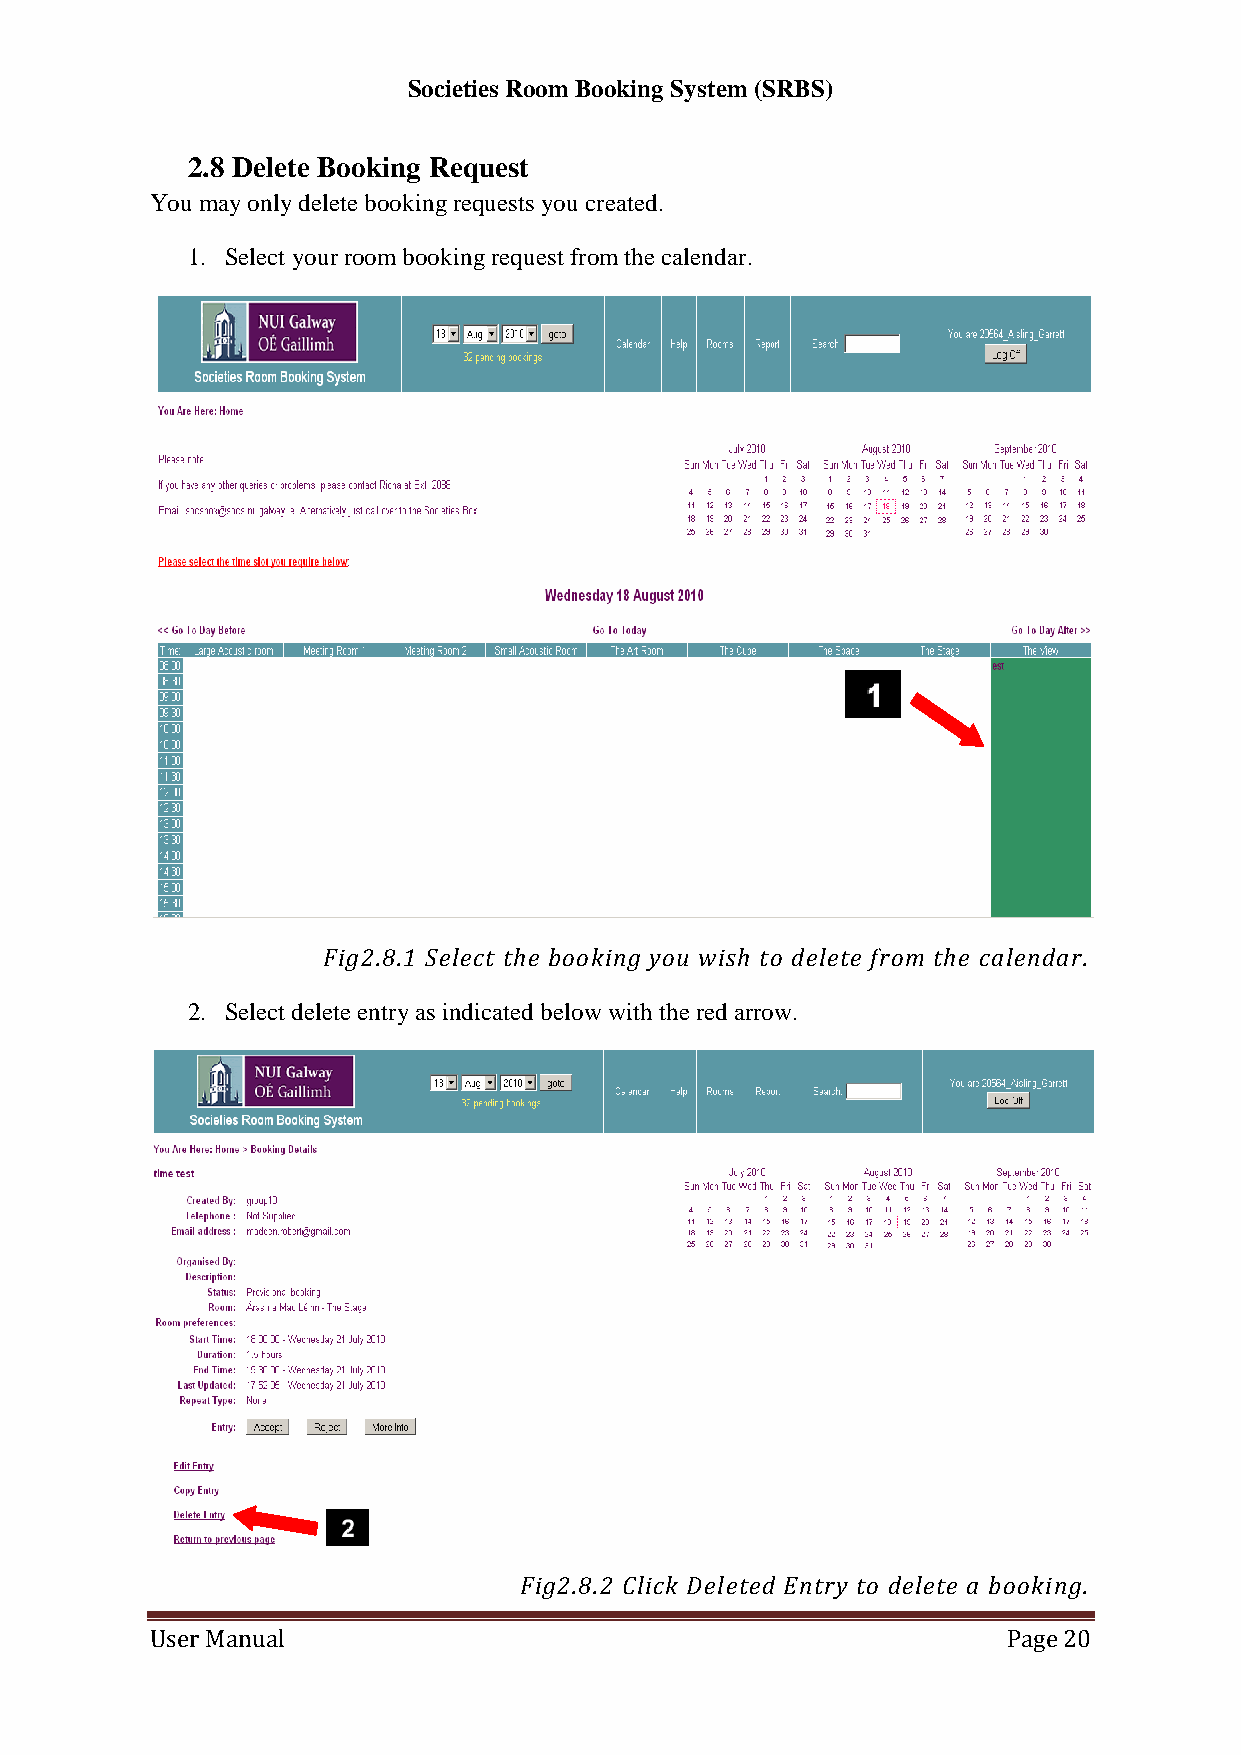
Societies Room Booking System (SRBS)
 2.8 Delete Booking Request
 You may only delete booking requests you created.
 1. Select your room booking request from the calendar.
 Fig2.8.1 Select the booking you wish to delete from the calendar.
 2. Select delete entry as indicated below with the red arrow.
 Fig2.8.2 Click Deleted Entry to delete a booking.
 User Manual                                              Page 20